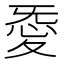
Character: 𢙴